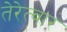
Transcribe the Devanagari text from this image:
तेरेत्वार